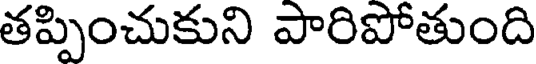
తప్పించుకుని పారిపోతుంది